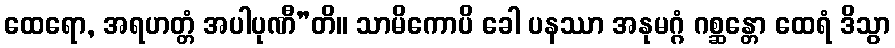
ထေရော, အရဟတ္တံ အပါပုဏီ”တိ။ သာမိကောပိ ခေါ ပနဿာ အနုမဂ္ဂံ ဂစ္ဆန္တော ထေရံ ဒိသွာ